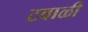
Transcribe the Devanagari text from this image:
टवाळी